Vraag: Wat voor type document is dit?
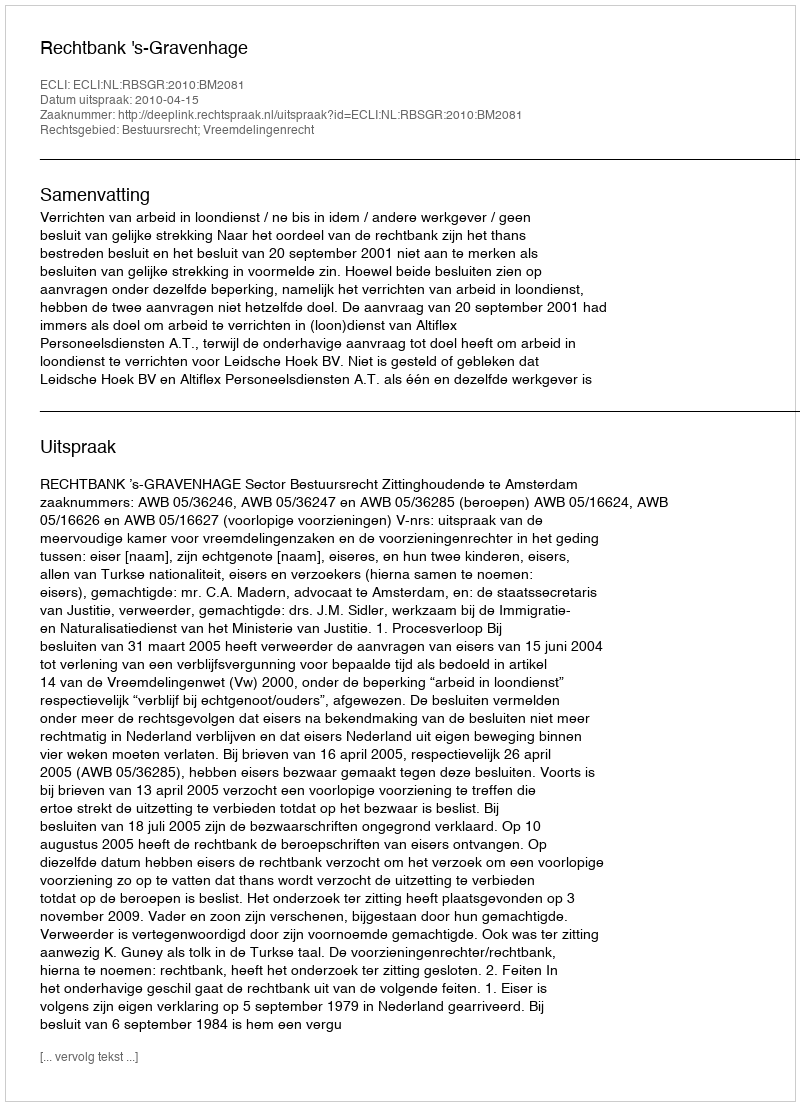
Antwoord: Uitspraak